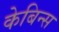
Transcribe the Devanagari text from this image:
केबिन्स